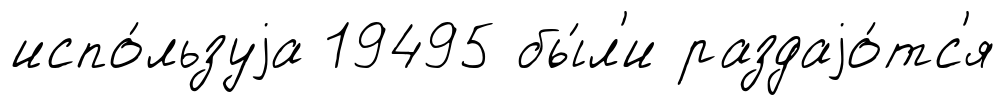
испо́льзуjа 19495 бы́л'и раздаjо́тс'я